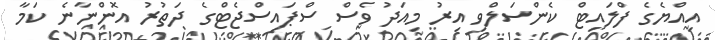
އިއްޔެގެ ފްލައިޓް ކެންސަލްވި އިރު މިއަދު ވެސް ސްޕައިސްޖެޓްގެ ދަތުރު އޮންނާނެ ކަމާ